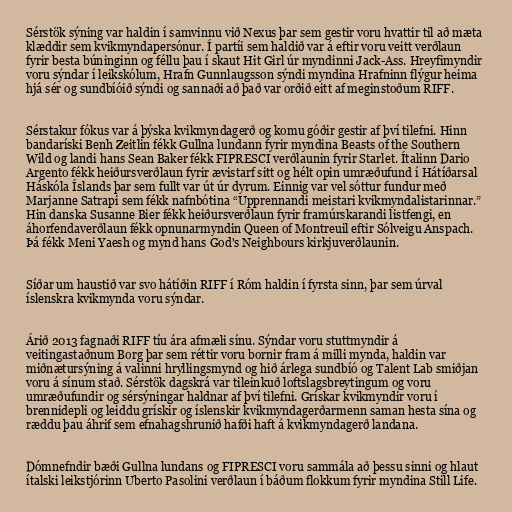
Sérstök sýning var haldin í samvinnu við Nexus þar sem gestir voru hvattir til að mæta
klæddir sem kvikmyndapersónur. Í partíi sem haldið var á eftir voru veitt verðlaun
fyrir besta búninginn og féllu þau í skaut Hit Girl úr myndinni Jack-Ass. Hreyfimyndir
voru sýndar í leikskólum, Hrafn Gunnlaugsson sýndi myndina Hrafninn flýgur heima
hjá sér og sundbíóið sýndi og sannaði að það var orðið eitt af meginstoðum RIFF.

Sérstakur fókus var á þýska kvikmyndagerð og komu góðir gestir af því tilefni. Hinn
bandaríski Benh Zeitlin fékk Gullna lundann fyrir myndina Beasts of the Southern
Wild og landi hans Sean Baker fékk FIPRESCI verðlaunin fyrir Starlet. Ítalinn Dario
Argento fékk heiðursverðlaun fyrir ævistarf sitt og hélt opin umræðufund í Hátíðarsal
Háskóla Íslands þar sem fullt var út úr dyrum. Einnig var vel sóttur fundur með
Marjanne Satrapi sem fékk nafnbótina “Upprennandi meistari kvikmyndalistarinnar.”
Hin danska Susanne Bier fékk heiðursverðlaun fyrir framúrskarandi listfengi, en
áhorfendaverðlaun fékk opnunarmyndin Queen of Montreuil eftir Sólveigu Anspach.
Þá fékk Meni Yaesh og mynd hans God's Neighbours kirkjuverðlaunin.

Síðar um haustið var svo hátíðin RIFF í Róm haldin í fyrsta sinn, þar sem úrval
íslenskra kvikmynda voru sýndar.

Árið 2013 fagnaði RIFF tíu ára afmæli sínu. Sýndar voru stuttmyndir á
veitingastaðnum Borg þar sem réttir voru bornir fram á milli mynda, haldin var
miðnætursýning á valinni hryllingsmynd og hið árlega sundbíó og Talent Lab smiðjan
voru á sínum stað. Sérstök dagskrá var tileinkuð loftslagsbreytingum og voru
umræðufundir og sérsýningar haldnar af því tilefni. Grískar kvikmyndir voru í
brennidepli og leiddu grískir og íslenskir kvikmyndagerðarmenn saman hesta sína og
ræddu þau áhrif sem efnahagshrunið hafði haft á kvikmyndagerð landana.

Dómnefndir bæði Gullna lundans og FIPRESCI voru sammála að þessu sinni og hlaut
ítalski leikstjórinn Uberto Pasolini verðlaun í báðum flokkum fyrir myndina Still Life.